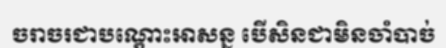
ចរាចរជាបណ្តោះអាសន្ន បើសិនជាមិនចាំបាច់